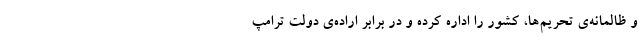
و ظالمانه‌ی تحریم‌ها، کشور را اداره کرده و در برابر اراده‌ی دولت ترامپ